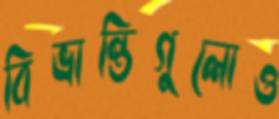
বিভ্রান্তিগুলোও